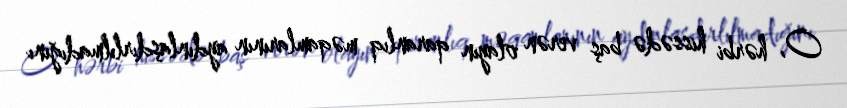
O, hərbi hissədə baş verən olayın qaranlıq məqamlarının aydınlaşdırlılmadığını